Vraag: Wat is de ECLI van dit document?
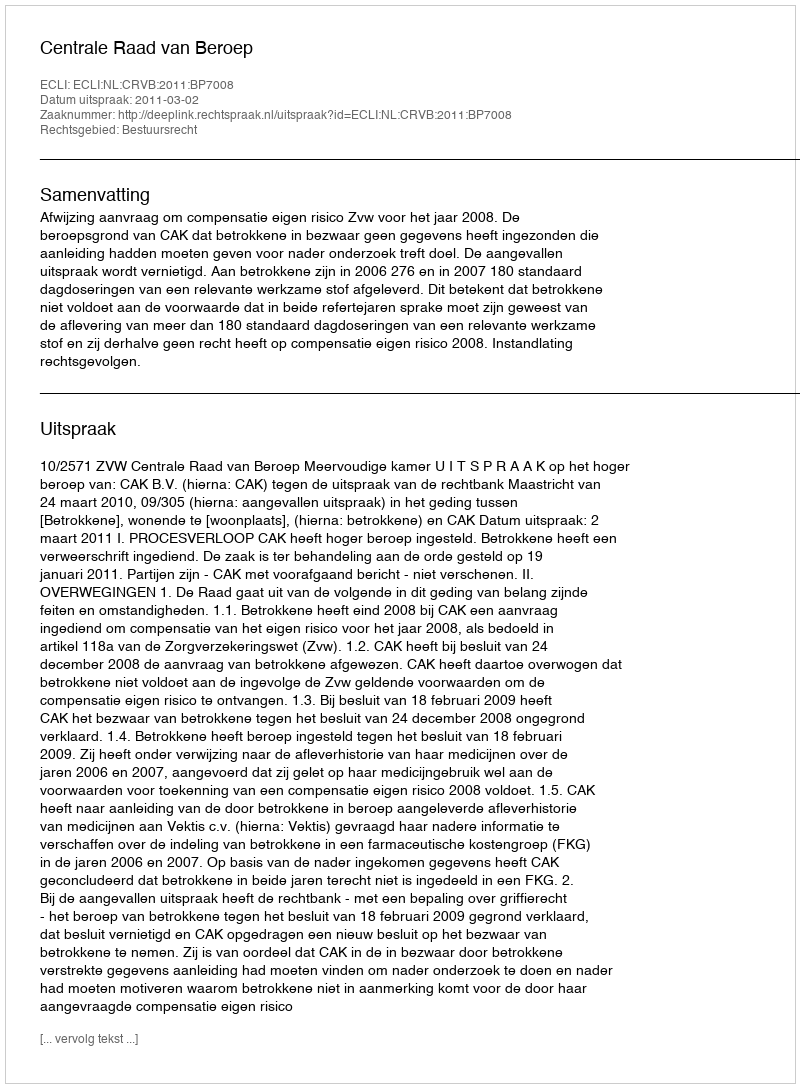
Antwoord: ECLI:NL:CRVB:2011:BP7008